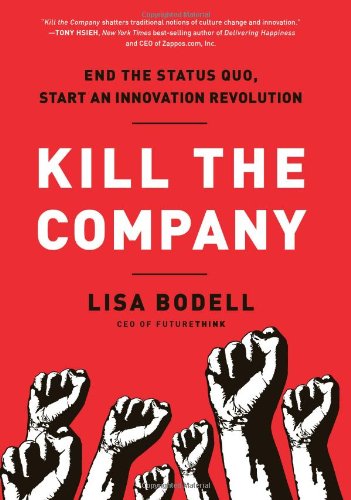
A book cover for Kill the Company: End the Status Quo, Start an Innovation Revolution; Lisa Bodell; Business & Money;